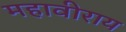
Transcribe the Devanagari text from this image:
महावीराय